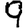
Digit: 9